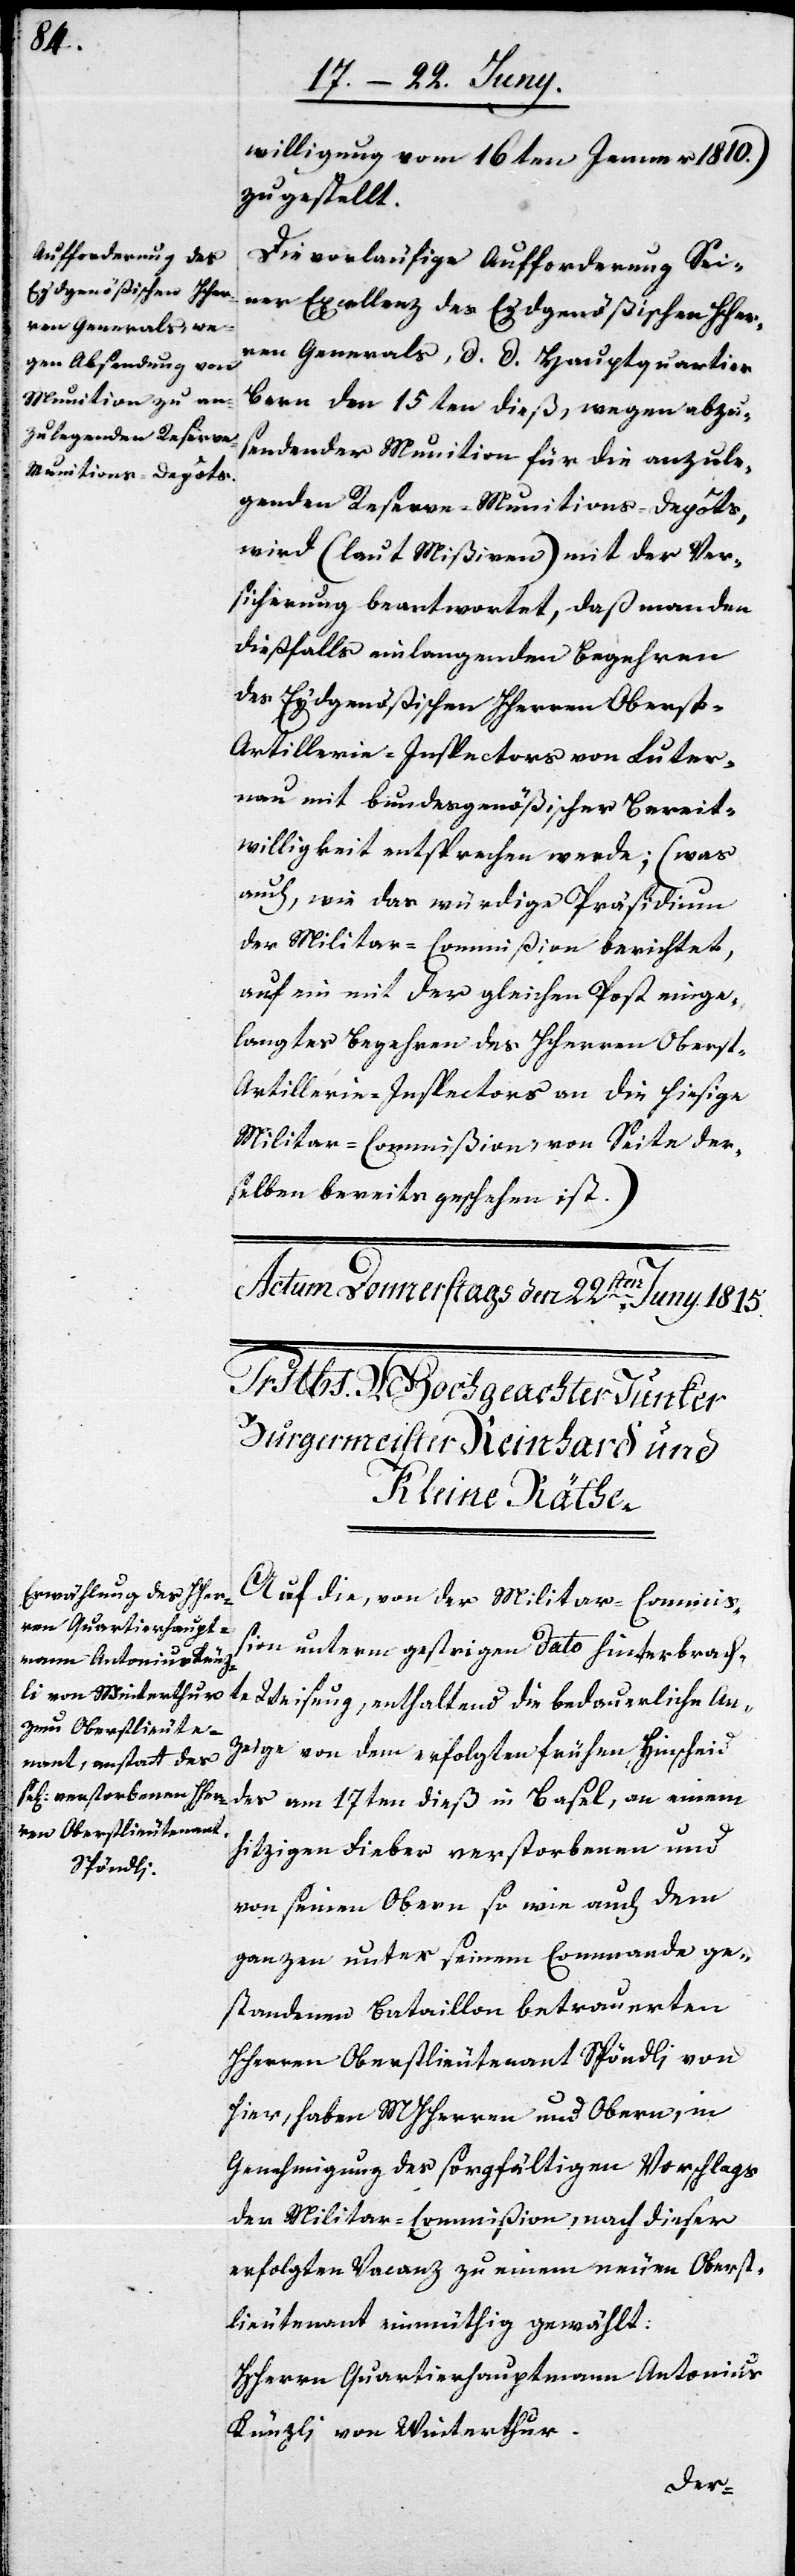
willigung vom 16ten Januar 1810.)
zugestellt.
Die vorläufige Aufforderung Sei¬
ner Excellenz des Eydgenößischen HHer¬
ren Generals, d. d. Hauptquartier
Bern den 15ten dieß, wegen abzus¬
endender Munition für die anzule¬
genden Reserve-Munitions-Depôts,
wird (laut Mißiven) mit der Ver¬
sicherung beantwortet, daß man den
dießfalls einlangenden Begehren
des Eydgenößischen HHerren Obers¬
t-Artillerie-Inspectors von Luter¬
nau mit bundesgenößischer Bereit¬
willigkeit entsprechen werde; (was
auch, wie das würdige Präsidium
der Militar-Commißion berichtet,
auf ein mit der gleichen Post einge¬
langtes Begehren des HHerren Obers¬
t-Artillerie-Inspectors an die hiesige
Militar-Commißion, von Seite de¬
ßelben bereits geschehen ist.)
Auf die, von der Militar-Commiß¬
ion unterm gestrigen Dato hinterbrach¬
te Weisung, enthaltend die bedauerliche An¬
zeige von dem erfolgten frühen Hinscheid
des am 17ten dieß in Basel, an seinem
hitzigen Fieber verstorbenen und
von seinen Obern so wie auch dem
ganzen unter Seinem Commando ge¬
standenen Bataillon betrauerten
HHerren Oberstlieutenant Spöndli, von
hier, haben MHHerren und Obern, in
Genehmigung des sorgfältigen Vorschlags
der Militar-Commißion, nach dieser
erfolgten Vacanz zu einem neuen Oberst¬
lieutenant einmüthig gewählt:
HHerrn Quartierhauptmann Antonius
Künzli von Winterthur.